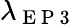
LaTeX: \lambda_{\mathrm{~E~P~3~}}